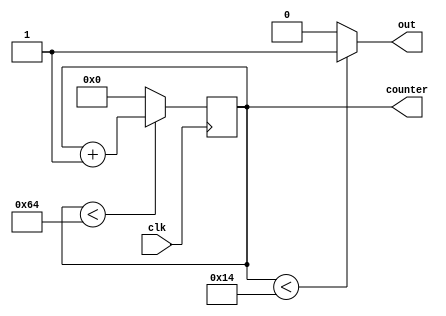
`timescale 1ns / 1ps
//////////////////////////////////////////////////////////////////////////////////
// Company: 
// Engineer: 
// 
// Design Name: 
// Module Name: duty33
// Project Name: 
// Target Devices: 
// Tool Versions: 
// Description: 
// 
// Dependencies: 
// 
// Revision:
// Revision 0.01 - File Created
// Additional Comments:
// 
//////////////////////////////////////////////////////////////////////////////////


module duty33(clk,out,counter);
input clk;
output out;
output reg [3:0]counter=0;
always@(posedge clk)
begin
if(counter<100)
counter<=counter+1;
else
counter<=0;
end
assign out=(counter<20)?1:0;
endmodule